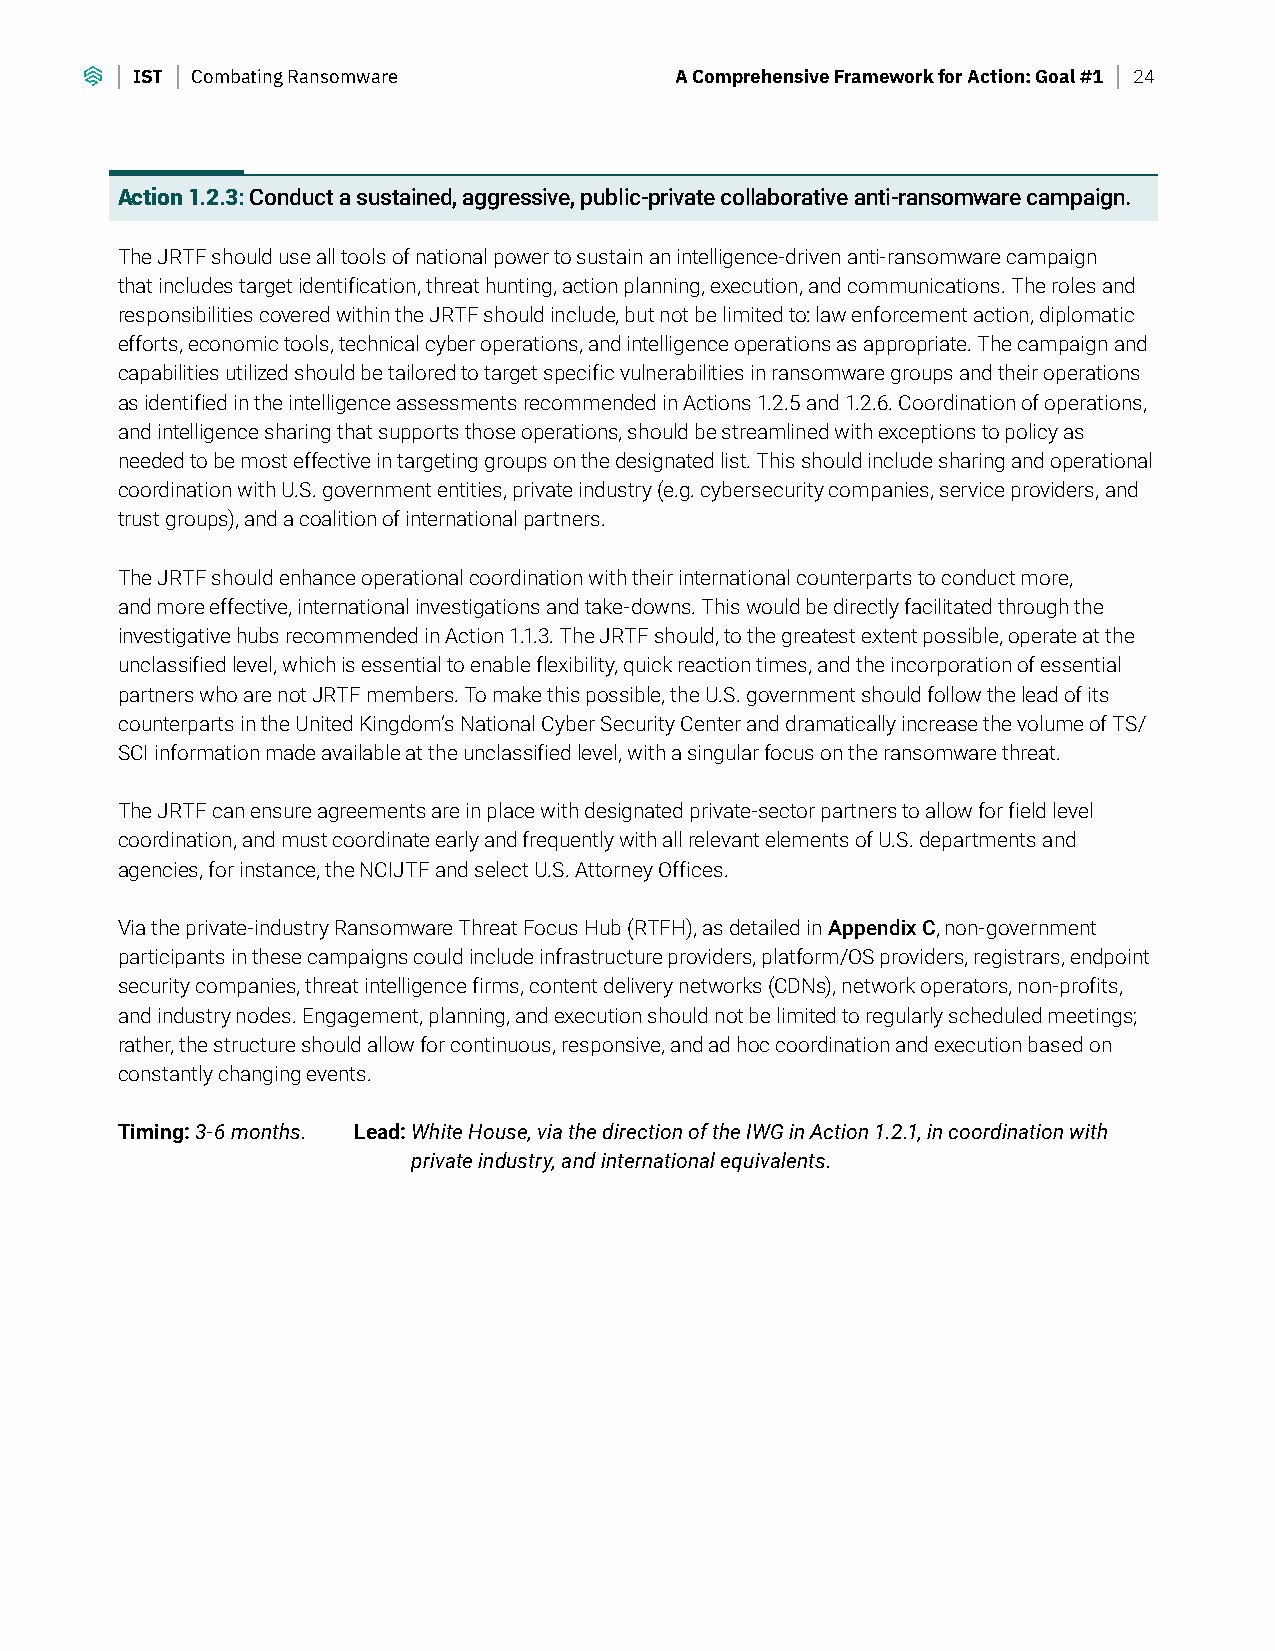
IST Combating Ransomware            A Comprehensive Framework for Action: Goal #1 24
 Action 1.2.3: Conduct a sustained, aggressive, public-private collaborative anti-ransomware campaign.
 The JRTF should use all tools of national power to sustain an intelligence-driven anti-ransomware campaign
 that includes target identification, threat hunting, action planning, execution, and communications. The roles and
 responsibilities covered within the JRTF should include, but not be limited to: law enforcement action, diplomatic
 efforts, economic tools, technical cyber operations, and intelligence operations as appropriate. The campaign and
 capabilities utilized should be tailored to target specific vulnerabilities in ransomware groups and their operations
 as identified in the intelligence assessments recommended in Actions 1.2.5 and 1.2.6. Coordination of operations,
 and intelligence sharing that supports those operations, should be streamlined with exceptions to policy as
 needed to be most effective in targeting groups on the designated list. This should include sharing and operational
 coordination with U.S. government entities, private industry (e.g. cybersecurity companies, service providers, and
 trust groups), and a coalition of international partners.
 The JRTF should enhance operational coordination with their international counterparts to conduct more,
 and more effective, international investigations and take-downs. This would be directly facilitated through the
 investigative hubs recommended in Action 1.1.3. The JRTF should, to the greatest extent possible, operate at the
 unclassified level, which is essential to enable flexibility, quick reaction times, and the incorporation of essential
 partners who are not JRTF members. To make this possible, the U.S. government should follow the lead of its
 counterparts in the United Kingdom’s National Cyber Security Center and dramatically increase the volume of TS/
 SCI information made available at the unclassified level, with a singular focus on the ransomware threat.
 The JRTF can ensure agreements are in place with designated private-sector partners to allow for field level
 coordination, and must coordinate early and frequently with all relevant elements of U.S. departments and
 agencies, for instance, the NCIJTF and select U.S. Attorney Offices.
 Via the private-industry Ransomware Threat Focus Hub (RTFH), as detailed in Appendix C, non-government
 participants in these campaigns could include infrastructure providers, platform/OS providers, registrars, endpoint
 security companies, threat intelligence firms, content delivery networks (CDNs), network operators, non-profits,
 and industry nodes. Engagement, planning, and execution should not be limited to regularly scheduled meetings;
 rather, the structure should allow for continuous, responsive, and ad hoc coordination and execution based on
 constantly changing events.
 Timing: 3-6 months. Lead: W hite House, via the direction of the IWG in Action 1.2.1, in coordination with
 private industry, and international equivalents.